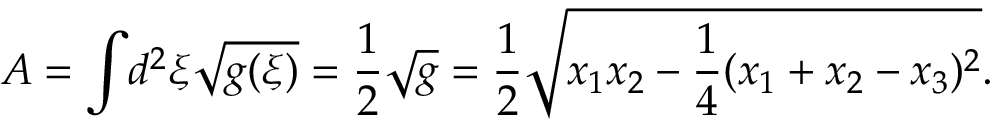
A = \int \! d ^ { 2 } \xi \sqrt { g ( \xi ) } = \frac { 1 } { 2 } \sqrt { g } = \frac { 1 } { 2 } \sqrt { x _ { 1 } x _ { 2 } - \frac { 1 } { 4 } ( x _ { 1 } + x _ { 2 } - x _ { 3 } ) ^ { 2 } } .